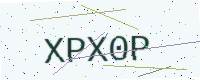
Text: XPX0P